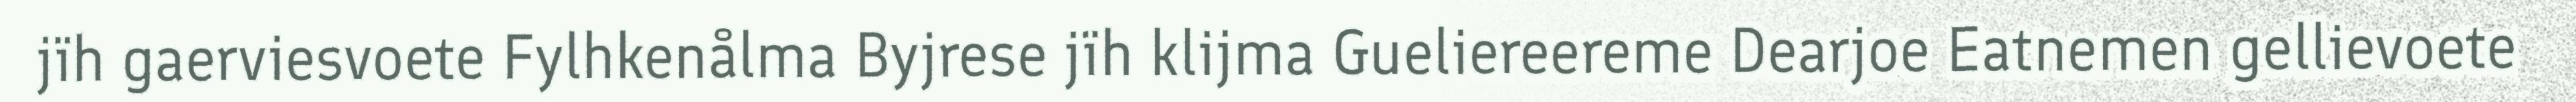
jïh gaerviesvoete Fylhkenålma Byjrese jïh klijma Gueliereereme Dearjoe Eatnemen gellievoete